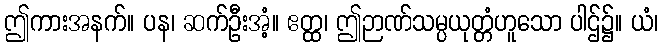
ဤကားအနက်။ ပန၊ ဆက်ဦးအံ့။ ဧတ္ထ၊ ဤဉာဏ်သမ္ပယုတ္တံဟူသော ပါဌ်၌။ ယံ၊